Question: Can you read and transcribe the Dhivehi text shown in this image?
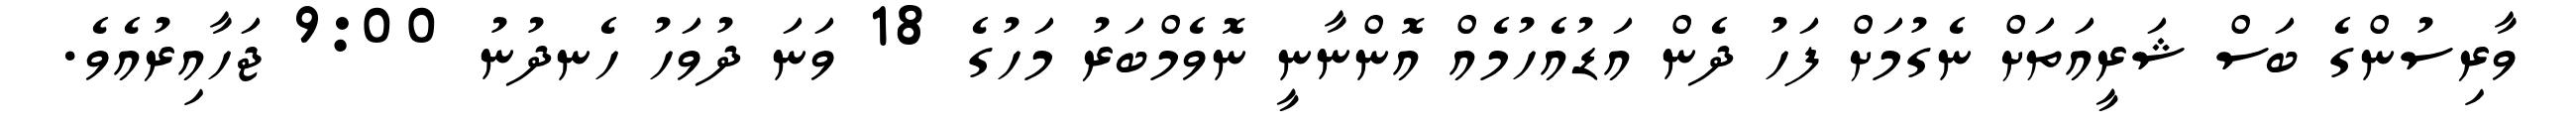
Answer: ވާރިސުންގެ ބަސް ޝަރީއަތަށް ނެގުމަށް ފަހު ދެން އަޑުއެހުމެއް އޮންނާނީ ނޮވެމްބަރު މަހުގެ 18 ވަނަ ދުވަހު ހެނދުނު 9:00 ޖަހާއިރުއެވެ.